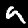
Label: 9